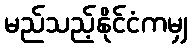
မည်သည့်နိုင်ငံကမျှ